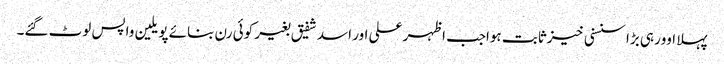
پہلا اوورہی بڑا سنسنی خیزثابت ہواجب اظہر علی اور اسد شفیق بغیر کوئی رن بنائے پویلین واپس لوٹ گئے۔